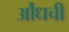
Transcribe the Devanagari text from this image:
औंधची